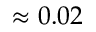
\approx 0 . 0 2